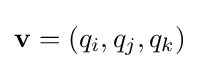
\mathbf {v} =\left(q_{i},q_{j},q_{k}\right)